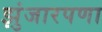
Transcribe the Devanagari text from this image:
झुंजारपणा